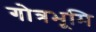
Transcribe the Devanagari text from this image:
गोत्रभूमि